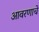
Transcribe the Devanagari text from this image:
आवरणाचे